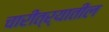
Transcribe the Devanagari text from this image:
चारीत्र्यातील